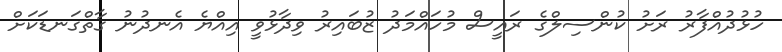
ހުޅުދުއްފާރު ރަށު ކުންސިލްގެ ރައީސް މުހައްމަދު ޒުބައިރު ވިދާޅުވީ އިއްޔެ އެނދުނު ގާތްގަނޑަކަށް